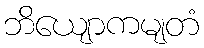
ဘိယျောကမျတံ